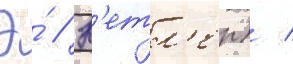
Э́ // К'етл'ер) /